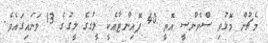
މެޗުން މޮޅުވި ސްވެންސީ އޮތީ 40 ޕޮއިންޓާއެކީ ލީގުގެ ލީގުގެ 13 ވަނައިގައެވެ.